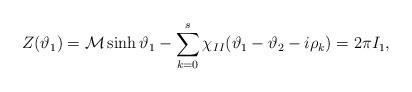
LaTeX: \begin{align*}Z(\vartheta _{1})={\cal M}\sinh \vartheta _{1}-\sum ^{s}_{k=0}\chi _{II}(\vartheta _{1}-\vartheta _{2}-i\rho _{k})=2\pi I_{1},\end{align*}